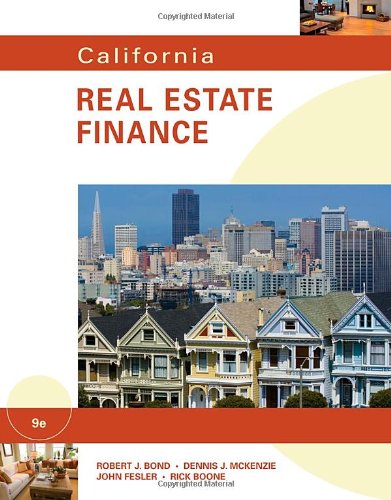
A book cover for California Real Estate Finance; Robert J. Bond; Business & Money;